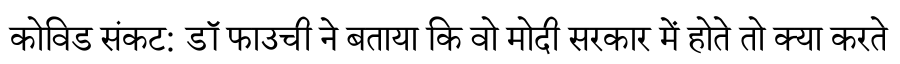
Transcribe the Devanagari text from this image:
कोविड संकट: डॉ फाउची ने बताया कि वो मोदी सरकार में होते तो क्या करते